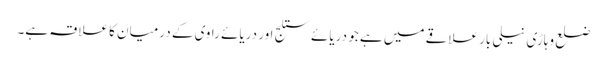
ضلع وہاڑی نیلی بار علاقے میں ہے جو دریائے ستلج اور دریائے راوی کے درمیان کا علاقہ ہے۔